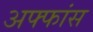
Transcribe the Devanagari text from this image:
अफ्फांस